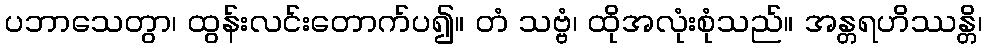
ပဘာသေတွာ၊ ထွန်းလင်းတောက်ပ၍။ တံ သဗ္ဗံ၊ ထိုအလုံးစုံသည်။ အန္တရဟိဿန္တိ၊